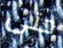
حتى